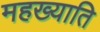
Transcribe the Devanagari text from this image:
महख्याति